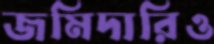
জমিদারিও